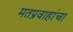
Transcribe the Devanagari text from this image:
मतप्रवाहांचा